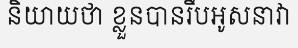
និយាយថា ខ្លួនបានរឹបអូសនាវា